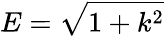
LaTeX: E=\sqrt{1+k^{2}}